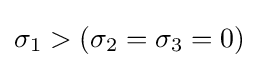
\sigma _{1}>(\sigma _{2}=\sigma _{3}=0)